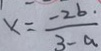
x = \frac { - 2 b . } { 3 - a }